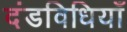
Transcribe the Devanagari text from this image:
दंडविधियाँ